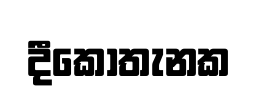
දීකොතැනක